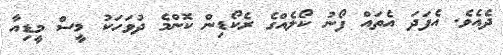
ދެއެވެ. އެފަަދަ އެތައް ފޯނު ކޯލެއްގެ ރެކޯޑިން ކޮންމެ ދުވަހަކު މީސް މީޑިއާ